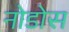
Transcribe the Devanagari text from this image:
नोडोस